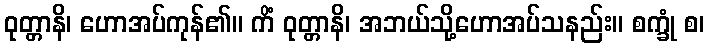
ဝုတ္တာနိ၊ ဟောအပ်ကုန်၏။ ကိံ ဝုတ္တာနိ၊ အဘယ်သို့ဟောအပ်သနည်း။ စက္ခုံ စ၊